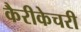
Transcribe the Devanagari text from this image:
कैरीकेचरी